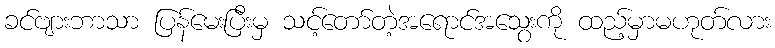
ခင်ဗျားဘာသာ ပြန်မေးပြီးမှ သင့်တော်တဲ့အရောင်အသွေးကို ထည့်မှာမဟုတ်လား